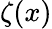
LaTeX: \zeta(x)